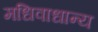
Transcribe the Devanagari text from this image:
मधिवाधान्य